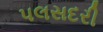
પલસદરી